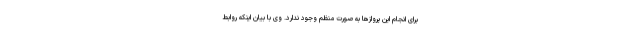
برای انجام این پروازها به صورت منظم وجود ندارد. وی با بیان اینکه روابط